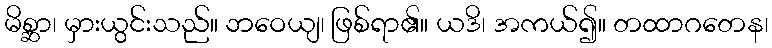
မိစ္ဆာ၊ မှားယွင်းသည်။ ဘဝေယျ၊ ဖြစ်ရာ၏။ ယဒိ၊ အကယ်၍။ တထာဂတေန၊